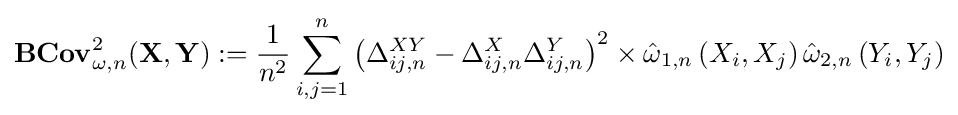
\mathbf {BCov} _{\omega ,n}^{2}(\mathbf {X} ,\mathbf {Y} ):={\frac {1}{n^{2}}}\sum _{i,j=1}^{n}\left(\Delta _{ij,n}^{XY}-\Delta _{ij,n}^{X}\Delta _{ij,n}^{Y}\right)^{2}\times {\hat {\omega }}_{1,n}\left(X_{i},X_{j}\right){\hat {\omega }}_{2,n}\left(Y_{i},Y_{j}\right)